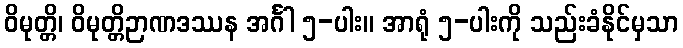
ဝိမုတ္တိ၊ ဝိမုတ္တိဉာဏဒဿန အင်္ဂါ ၅-ပါး။ အာရုံ ၅-ပါးကို သည်းခံနိုင်မှသာ